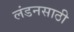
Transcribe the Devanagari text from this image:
लंडनसाठी